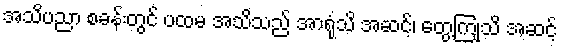
အသိပညာ စခန်းတွင် ပထမ အသိသည် အာရုံသိ အဆင့်၊ တွေ့ကြုံသိ အဆင့်